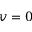
v = 0